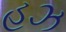
હઝ